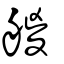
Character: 艐